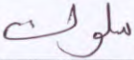
سلوك